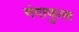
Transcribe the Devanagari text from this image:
गंगाफुला